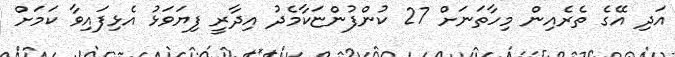
އަދި އޭގެ ތެރެއިން މިހާތަނަށް 27 ކުންފުންޏަކާމެދު އިދާރީ ފިޔަވަޅު އެޅިފައިވާ ކަމަށް